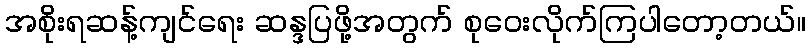
အစိုးရဆန့်ကျင်ရေး ဆန္ဒပြဖို့အတွက် စုဝေးလိုက်ကြပါတော့တယ်။